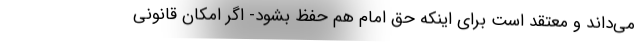
می‌داند و معتقد است برای اینکه حق امام هم حفظ بشود- اگر امکان قانونی